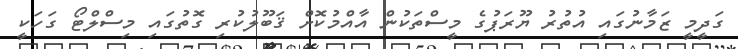
ގަދީމީ ޒަމާނުގައި އުތުރު ޔޫރަޕުގެ މީސްތަކުން އާއްމުކޮށް ޤަބޫލުކުރި ގޮތުގައި މިސްލްޓޯ ގަހަކީ